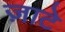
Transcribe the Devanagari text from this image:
ज़ाटे